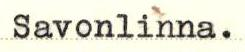
Savonlinna.